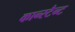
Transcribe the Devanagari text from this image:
कान्स्टैन्ट